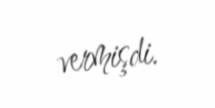
vermişdi.